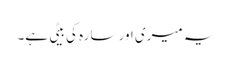
یہ میری اور سارہ کی بیٹی ہے۔